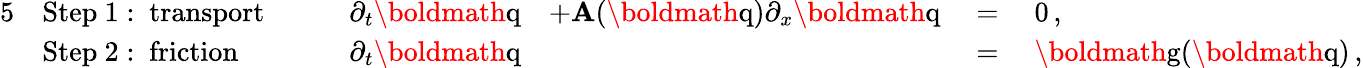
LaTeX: \begin{array}{rlrlrl}{{5}}&{\mathrm{Step~1:~transport}\qquad}&{\partial_{t}\textrm{\boldmath{q}}}&{+\mathbf{A}(\textrm{\boldmath{q}})\partial_{x}\textrm{\boldmath{q}}}&{\; =\; }&{0\, ,}\\ &{\mathrm{Step~2:~friction}\qquad}&{\partial_{t}\textrm{\boldmath{q}}}&{}&{\; =\; }&{\textrm{\boldmath{g}}(\textrm{\boldmath{q}})\, ,}\end{array}